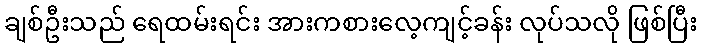
ချစ်ဦးသည် ရေထမ်းရင်း အားကစားလေ့ကျင့်ခန်း လုပ်သလို ဖြစ်ပြီး